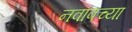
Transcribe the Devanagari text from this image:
नवाबच्या